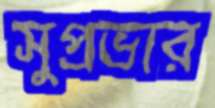
সুপ্রভার